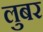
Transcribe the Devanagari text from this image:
लुबर